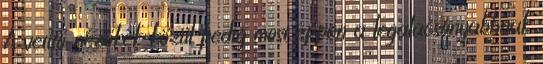
A vetítő nézőkék közül pedig most éppen a legalacsonyabbnak